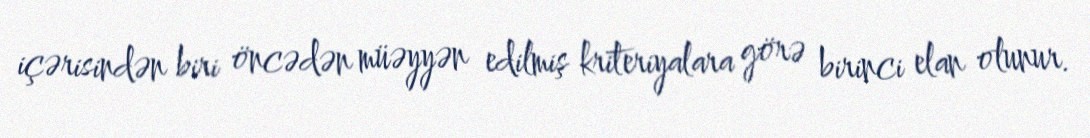
içərisindən biri öncədən müəyyən edilmiş kriteriyalara görə birinci elan olunur.